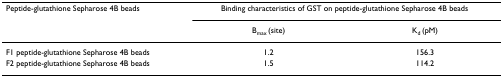
<table><thead><tr><td><b>Peptide-glutathione Sepharose 4B beads</b></td><td colspan="2"><b>Binding characteristics of GST on peptide-glutathione Sepharose 4B beads</b></td></tr><tr><td></td><td><b>B<sub>max </sub>(site)</b></td><td><b>K<sub>d </sub>(pM)</b></td></tr></thead><tbody><tr><td>F1 peptide-glutathione Sepharose 4B beads</td><td>1.2</td><td>156.3</td></tr><tr><td>F2 peptide-glutathione Sepharose 4B beads</td><td>1.5</td><td>114.2</td></tr></tbody></table>